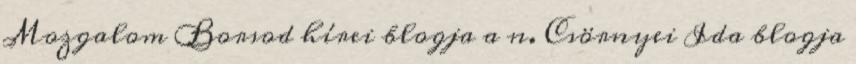
Mozgalom Borsod hírei blogja a n. Csörnyei Ida blogja